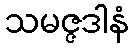
သမဇ္ဇဒါနံ